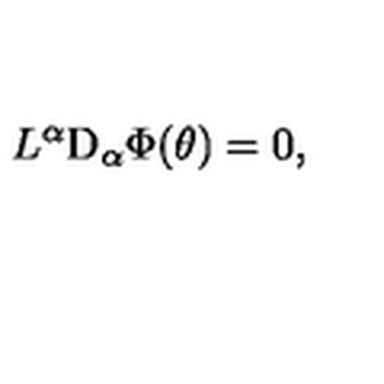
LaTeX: L ^ { \alpha } \mathrm { D } _ { \alpha } \Phi ( \theta ) = 0 ,